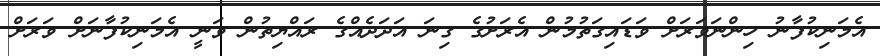
އެމަނިކުފާނު ހިންނަވަރަށް ވަޑައިގަތުމުން އެރަށުގެ ގިނަ އަދަދެއްގެ ރައްޔިތުން ވަނީ އެމަނިކުފާނަށް ވަރަށް